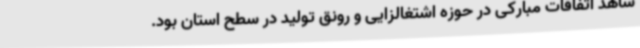
شاهد اتفاقات مبارکی در حوزه اشتغالزایی و رونق تولید در سطح استان بود.